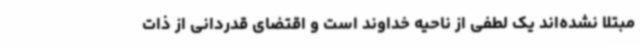
مبتلا نشده‌اند یک لطفی از ناحیه خداوند است و اقتضای قدردانی از ذات